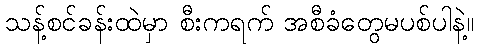
သန့်စင်ခန်းထဲမှာ စီးကရက် အစီခံတွေမပစ်ပါနဲ့။